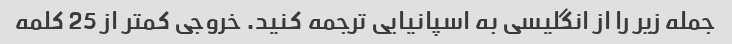
جمله زیر را از انگلیسی به اسپانیایی ترجمه کنید. خروجی کمتر از 25 کلمه